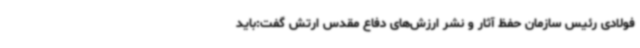
فولادی رئیس سازمان حفظ آثار و نشر ارزش‌های دفاع مقدس ارتش گفت:باید